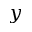
y